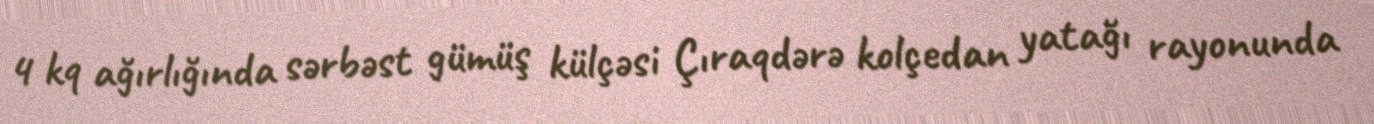
4 kq ağırlığında sərbəst gümüş külçəsi Çıraqdərə kolçedan yatağı rayonunda